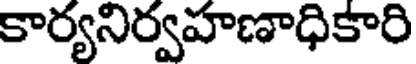
కార్యనిర్వహణాధికారి